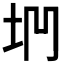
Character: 𡊐